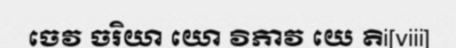
ចេវ ចរិយា យោ វិភាវ យេ តិi[viii]